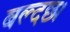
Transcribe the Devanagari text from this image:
बल्दछ।